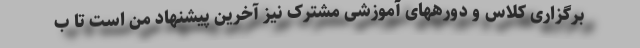
برگزاری کلاس و دورههای آموزشی مشترک نیز آخرین پیشنهاد من است تا ب